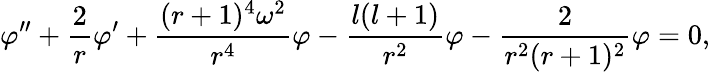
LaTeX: \varphi^{\prime\prime}+{\frac{2}{r}}\varphi^{\prime}+{\frac{(r+1)^{4}\omega^{2}}{r^{4}}}\varphi-{\frac{l(l+1)}{r^{2}}}\varphi-{\frac{2}{r^{2}(r+1)^{2}}}\varphi=0,